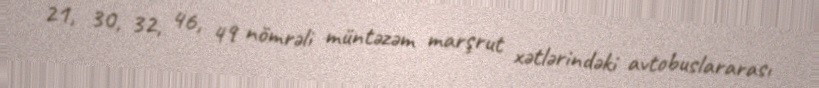
21, 30, 32, 46, 49 nömrəli müntəzəm marşrut xətlərindəki avtobuslararası